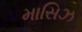
માસિઝ